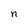
Character: n